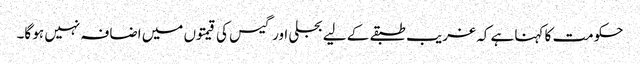
حکومت کا کہنا ہے کہ غریب طبقے کے لیے بجلی اور گیس کی قیمتوں میں اضافہ نہیں ہو گا۔